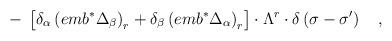
LaTeX: \begin{align*}-\;\left[ \delta _\alpha \left( emb^{*}\Delta _\beta \right)_r+\delta _\beta \left( emb^{*}\Delta _\alpha \right) _r\right] \cdot\Lambda ^r\cdot \delta \left( \sigma -\sigma ^{\prime }\right) \quad ,\end{align*}